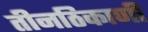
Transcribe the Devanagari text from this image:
तीनठिकाणी